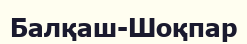
Балқаш-Шоқпар